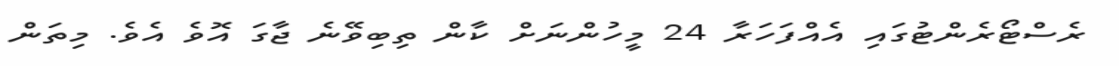
ރެސްޓޯރެންޓުގައި އެއްފަހަރާ 24 މީހުންނަށް ކާން ތިބިވޭނެ ޖާގަ އޮވެ އެވެ. މިތަން